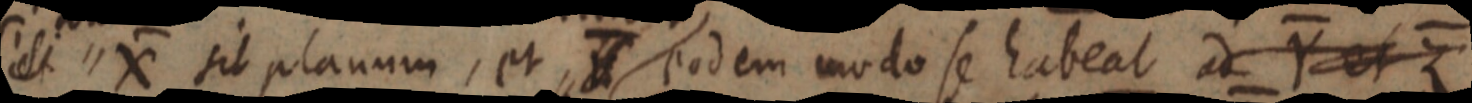
_ X sit planum, et _ eodem modo se habeat ad Y et Z